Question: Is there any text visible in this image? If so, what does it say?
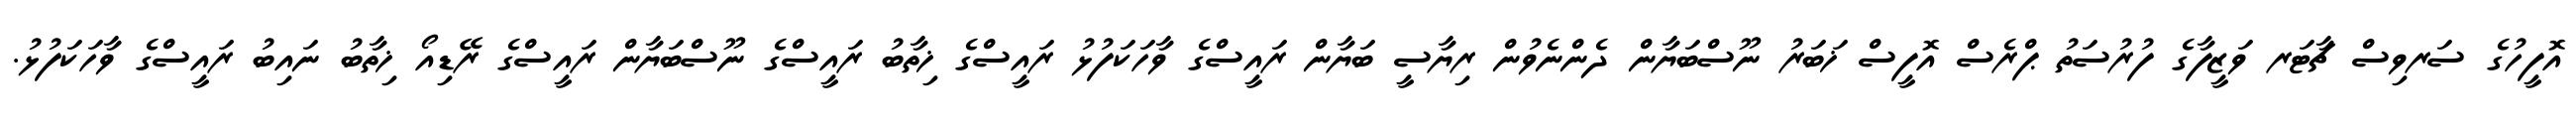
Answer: އޮފީހުގެ ސަރވިސް ޗާޓަރ ވަޒީފާގެ ފުރުސަތު ޕްރެސް އޮފީސް ޚަބަރު ނޫސްބަޔާން ދެންނެވުން ރިޔާސީ ބަޔާން ރައީސްގެ ވާހަކަފުޅު ރައީސްގެ ޚިތާބު ރައީސްގެ ނޫސްބަޔާން ރައީސްގެ ރޭޑިއޯ ޚިތާބު ނައިބު ރައީސްގެ ވާހަކަފުޅު.